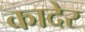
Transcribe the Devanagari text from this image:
कादेर